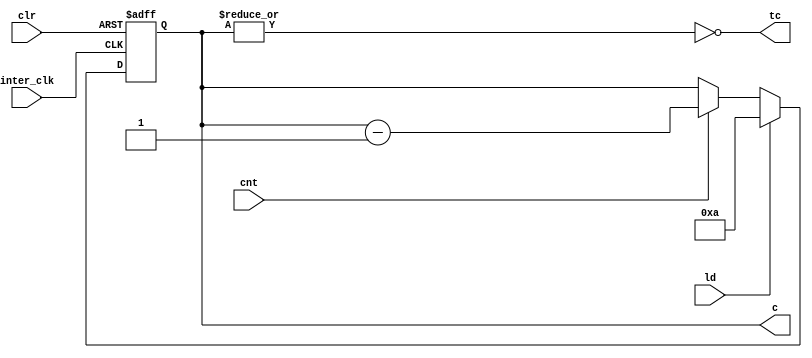
module ud_counter_block_ten(inter_clk, clr, cnt, ld, c, tc);

input inter_clk, clr,cnt, ld;
parameter [3:0] num = 4'b1010;
parameter up = 1'b0;
output tc;
output reg [3:0] c;

assign tc = (up == 1'b1)? &c : !(|c);

always @ (posedge inter_clk or negedge clr) 
begin

	if(clr == 0) 
	begin
		c <= 0;
	end
	else if (ld == 1)
	begin
		c <= num;
	end
	else
	begin
		if(cnt == 1)
		begin
			if(up == 1)
			begin
				c <= c + 1;
			end
			else
			begin
				c <= c - 1;
			end
		end
		else
		begin
			c <= c;
		end
	end
end

endmodule